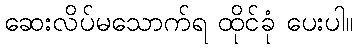
ဆေးလိပ်မသောက်ရ ထိုင်ခုံ ပေးပါ။